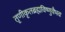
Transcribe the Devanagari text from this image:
तृणीकृतब्रह्मविष्णुवैभवः